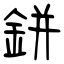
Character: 鉼